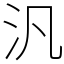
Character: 汎